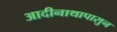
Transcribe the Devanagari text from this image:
आदीनाथापासुन